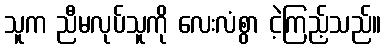
သူက ညီမလုပ်သူကို လေးလံစွာ ငဲ့ကြည့်သည်။